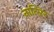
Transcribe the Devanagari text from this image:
नात्सिर